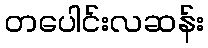
တပေါင်းလဆန်း